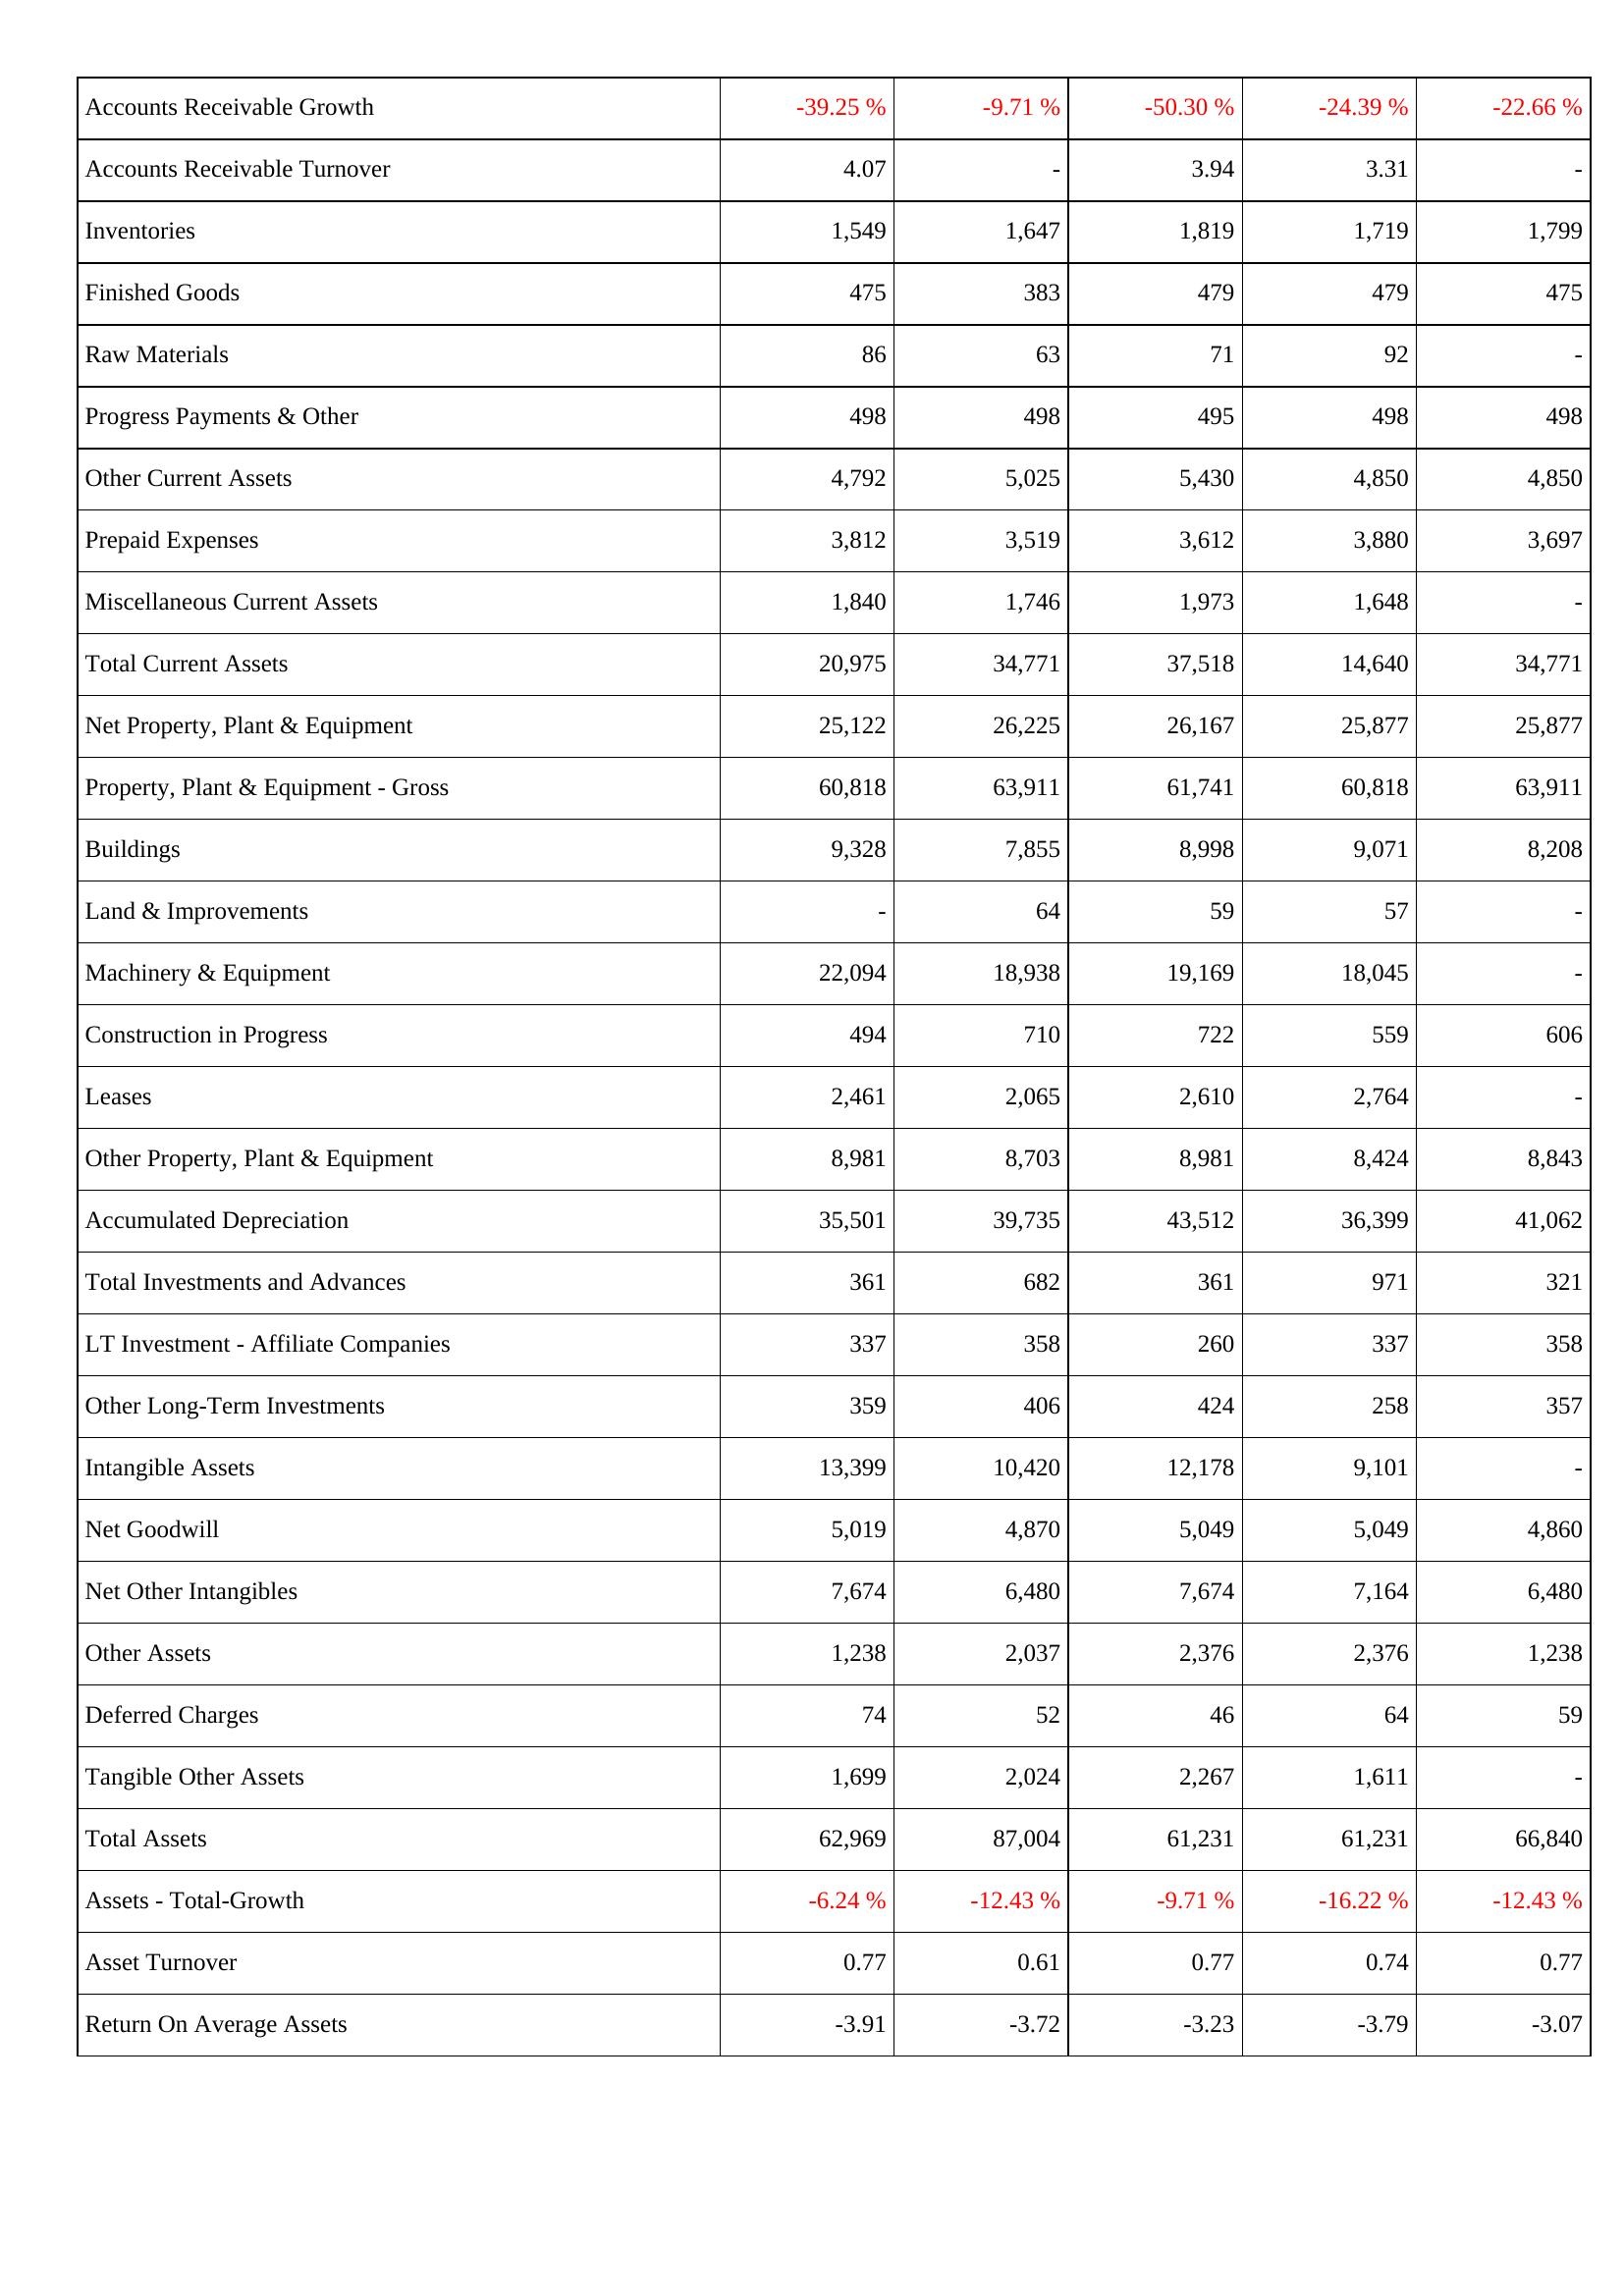
2022: Assets: Accounts Receivable Growth: -39.25 %
Accounts Receivable Turnover: 4.07
Inventories: 1,549
Finished Goods: 475
Raw Materials: 86
Progress Payments & Other: 498
Other Current Assets: 4,792
Prepaid Expenses: 3,812
Miscellaneous Current Assets: 1,840
Total Current Assets: 20,975
Net Property, Plant & Equipment: 25,122
Property, Plant & Equipment - Gross: 60,818
Buildings: 9,328
Land & Improvements: -
Machinery & Equipment: 22,094
Construction in Progress: 494
Leases: 2,461
Other Property, Plant & Equipment: 8,981
Accumulated Depreciation: 35,501
Total Investments and Advances: 361
LT Investment - Affiliate Companies: 337
Other Long-Term Investments: 359
Intangible Assets: 13,399
Net Goodwill: 5,019
Net Other Intangibles: 7,674
Other Assets: 1,238
Deferred Charges: 74
Tangible Other Assets: 1,699
Total Assets: 62,969
Assets - Total-Growth: -6.24 %
Asset Turnover: 0.77
Return On Average Assets: -3.91
2021: Assets: Accounts Receivable Growth: -9.71 %
Accounts Receivable Turnover: -
Inventories: 1,647
Finished Goods: 383
Raw Materials: 63
Progress Payments & Other: 498
Other Current Assets: 5,025
Prepaid Expenses: 3,519
Miscellaneous Current Assets: 1,746
Total Current Assets: 34,771
Net Property, Plant & Equipment: 26,225
Property, Plant & Equipment - Gross: 63,911
Buildings: 7,855
Land & Improvements: 64
Machinery & Equipment: 18,938
Construction in Progress: 710
Leases: 2,065
Other Property, Plant & Equipment: 8,703
Accumulated Depreciation: 39,735
Total Investments and Advances: 682
LT Investment - Affiliate Companies: 358
Other Long-Term Investments: 406
Intangible Assets: 10,420
Net Goodwill: 4,870
Net Other Intangibles: 6,480
Other Assets: 2,037
Deferred Charges: 52
Tangible Other Assets: 2,024
Total Assets: 87,004
Assets - Total-Growth: -12.43 %
Asset Turnover: 0.61
Return On Average Assets: -3.72
2020: Assets: Accounts Receivable Growth: -50.30 %
Accounts Receivable Turnover: 3.94
Inventories: 1,819
Finished Goods: 479
Raw Materials: 71
Progress Payments & Other: 495
Other Current Assets: 5,430
Prepaid Expenses: 3,612
Miscellaneous Current Assets: 1,973
Total Current Assets: 37,518
Net Property, Plant & Equipment: 26,167
Property, Plant & Equipment - Gross: 61,741
Buildings: 8,998
Land & Improvements: 59
Machinery & Equipment: 19,169
Construction in Progress: 722
Leases: 2,610
Other Property, Plant & Equipment: 8,981
Accumulated Depreciation: 43,512
Total Investments and Advances: 361
LT Investment - Affiliate Companies: 260
Other Long-Term Investments: 424
Intangible Assets: 12,178
Net Goodwill: 5,049
Net Other Intangibles: 7,674
Other Assets: 2,376
Deferred Charges: 46
Tangible Other Assets: 2,267
Total Assets: 61,231
Assets - Total-Growth: -9.71 %
Asset Turnover: 0.77
Return On Average Assets: -3.23
2019: Assets: Accounts Receivable Growth: -24.39 %
Accounts Receivable Turnover: 3.31
Inventories: 1,719
Finished Goods: 479
Raw Materials: 92
Progress Payments & Other: 498
Other Current Assets: 4,850
Prepaid Expenses: 3,880
Miscellaneous Current Assets: 1,648
Total Current Assets: 14,640
Net Property, Plant & Equipment: 25,877
Property, Plant & Equipment - Gross: 60,818
Buildings: 9,071
Land & Improvements: 57
Machinery & Equipment: 18,045
Construction in Progress: 559
Leases: 2,764
Other Property, Plant & Equipment: 8,424
Accumulated Depreciation: 36,399
Total Investments and Advances: 971
LT Investment - Affiliate Companies: 337
Other Long-Term Investments: 258
Intangible Assets: 9,101
Net Goodwill: 5,049
Net Other Intangibles: 7,164
Other Assets: 2,376
Deferred Charges: 64
Tangible Other Assets: 1,611
Total Assets: 61,231
Assets - Total-Growth: -16.22 %
Asset Turnover: 0.74
Return On Average Assets: -3.79
2018: Assets: Accounts Receivable Growth: -22.66 %
Accounts Receivable Turnover: -
Inventories: 1,799
Finished Goods: 475
Raw Materials: -
Progress Payments & Other: 498
Other Current Assets: 4,850
Prepaid Expenses: 3,697
Miscellaneous Current Assets: -
Total Current Assets: 34,771
Net Property, Plant & Equipment: 25,877
Property, Plant & Equipment - Gross: 63,911
Buildings: 8,208
Land & Improvements: -
Machinery & Equipment: -
Construction in Progress: 606
Leases: -
Other Property, Plant & Equipment: 8,843
Accumulated Depreciation: 41,062
Total Investments and Advances: 321
LT Investment - Affiliate Companies: 358
Other Long-Term Investments: 357
Intangible Assets: -
Net Goodwill: 4,860
Net Other Intangibles: 6,480
Other Assets: 1,238
Deferred Charges: 59
Tangible Other Assets: -
Total Assets: 66,840
Assets - Total-Growth: -12.43 %
Asset Turnover: 0.77
Return On Average Assets: -3.07